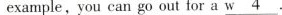
example, you can go out for a\underline{w4}.